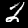
Label: 2